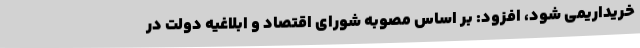
خریداریمی شود، افزود: بر اساس مصوبه شورای اقتصاد و ابلاغیه دولت در